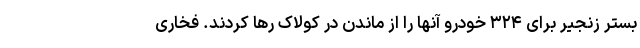
بستر زنجیر برای ۳۲۴ خودرو آنها را از ماندن در کولاک رها کردند. فخاری